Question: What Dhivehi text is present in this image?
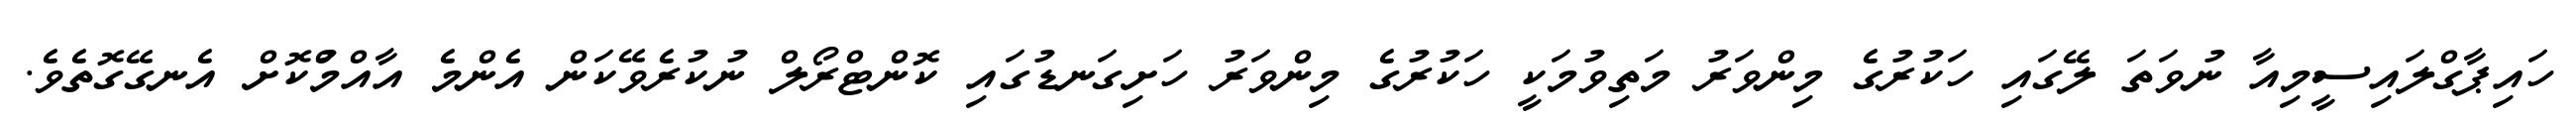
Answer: ހައިޕާގްލައިސީމިއާ ނުވަތަ ލޭގައި ހަކުރުގެ މިންވަރު މަތިވުމަކީ ހަކުރުގެ މިންވަރު ހަށިގަނޑުގައި ކޮންޓްރޯލް ނުކުރެވޭކަން އެންމެ އާއްމްުކޮށް އެނގޭގޮތެވެ.